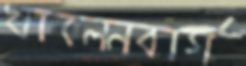
খালেনবার্গ